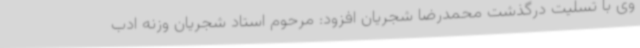
وی با تسلیت درگذشت محمدرضا شجریان افزود: مرحوم استاد شجریان وزنه ادب